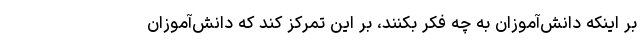
بر اینکه دانش‌آموزان به چه فکر بکنند، بر این تمرکز کند که دانش‌آموزان